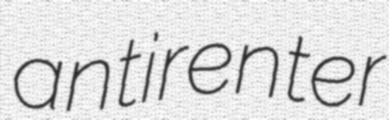
antirenter